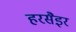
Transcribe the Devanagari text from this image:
हरसैइर